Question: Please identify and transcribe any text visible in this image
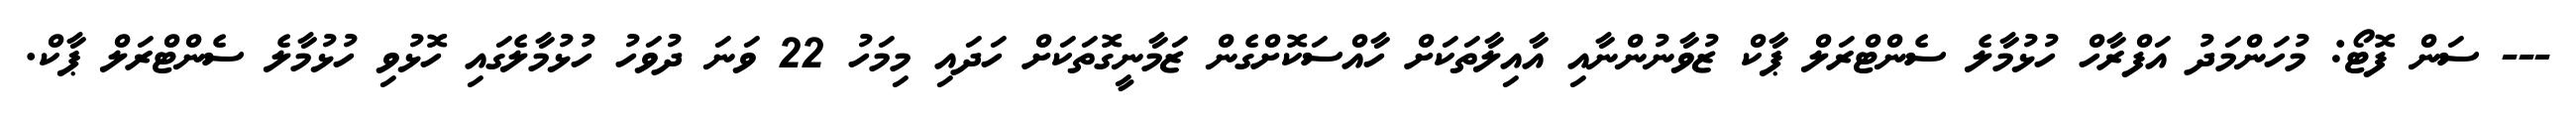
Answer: --- ސަން ފޮޓޯ: މުހަންމަދު އަފްރާހް ހުޅުމާލެ ސެންޓްރަލް ޕާކް ޒުވާނުންނާއި އާއިލާތަކަށް ހާއްސަކޮށްގެން ޒަމާނީގޮތަކަށް ހަދައި މިމަހު 22 ވަނަ ދުވަހު ހުޅުމާލެގައި ހޮޅުވި ހުޅުމާލެ ސެންޓްރަލް ޕާކް.